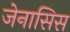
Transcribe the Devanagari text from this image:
जेनासिस